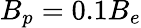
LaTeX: {B_{p}}=0.1{B_{e}}